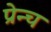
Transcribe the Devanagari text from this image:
प्रेन्च